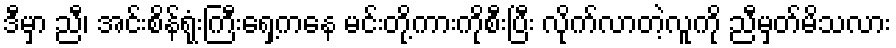
ဒီမှာ ညီ၊ အင်းစိန်ရုံးကြီးရှေ့ကနေ မင်းတို့ကားကိုစီးပြီး လိုက်လာတဲ့လူကို ညီမှတ်မိသလား